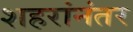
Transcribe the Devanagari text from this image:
शहरांनंतर